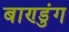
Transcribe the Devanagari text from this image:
बाण्डुंग